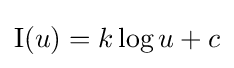
\operatorname {I} (u)=k\log u+c